Report on the bubonic plague in Bombay, 1896-1897
Year: 1896
Disease focus: Plague
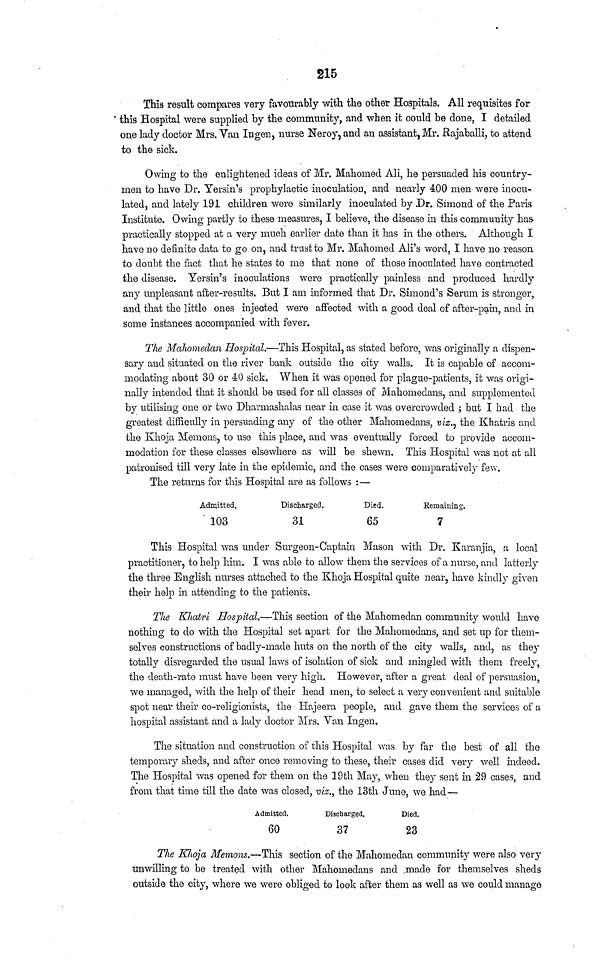
215
This result compares very favourably with the other Hospitals. All requisites for
this Hospital were supplied by the community, and when it could be clone, I detailed
one lady doctor Mrs. Van Ingen, nurse Neroy, and an assistant, Mr. Rajaballi, to attend
to the sick.
Owing to the enlightened ideas of Mr. Mahomed Ali, he persuaded his country-
men to have Dr. Yersin's prophylactic inoculation, and nearly 400 men were inocu-
lated, and lately 191 children were similarly inoculated by Dr. Simond of the Paris
Institute. Owing partly to these measures, I believe, the disease in this community has-
practically stopped at a very much earlier date than it has in the others. Although I
have no definite data to go on, and trust to Mr. Mahomed Ali's word, I have no reason
to doubt the fact that he states to me that none of those inoculated have contracted
the disease. Yersin's inoculations were practically painless and produced hardly
any unpleasant after-results. But I am informed that Dr. Simond's Serum is stronger,
and that the little ones injected were affected with a good deal of after-pain, and in
some instances accompanied with fever.
The Mahomedan Hospital.—This Hospital, as stated before, was originally a dispen-
sary and situated on the river bank outside the city walls. It is capable of accom-
modating about 30 or 40 sick. When it was opened for plague-patients, it was origi-
nally intended that it should be used for all classes of Mahomedans, and supplemented
by utilising one or two Dharmashalas near in case it was overcrowded ; but I had the
greatest difficully in persuading any of the other Mahomedans, viz., the Khatris and
the Khoja Menions, to uso this place, and was eventually forced to provide accom-
modation for these classes elsewhere as will be shewn. This Hospital was not at all
patronised till very late in the epidemic, and the cases were comparatively few.
The returns for this Hospital are as follows :—
Admitted.
103
Discharged.
31
Died.
65
Kemaining.
7
This Hospital was under Surgeon-Captain Mason with Dr. Karanjia, a local
practitioner, to help him. I was able to allow them the services of a nurse, and latterly
the three English nurses attached to the Khoja Hospital quite near, have kindly given
their help in attending to the patients.
The Khatri Hospital.—This section of the Mahomedan community would have
nothing to do with the Hospital set apart for the Mahomedans, and set up for them-
selves constructions of badly-made huts on the north of the city walls, and, as they
totally disregarded the usual laws of isolation of sick and mingled with them freely,
the death-rate must have been very high. However, after a great deal of persuasion,
we managed, with the help of their head men, to select a very convenient and suitable
spot near their co-religionists, the Hajeera people, and gave them the services of a
hospital assistant and a lady doctor Mrs. Van Ingen.
The situation and construction of this Hospital was by far the best of all the
temporary sheds, and after once removing to these, their cases did very well indeed.
The Hospital was opened for them on the 19th May, when they sent in 29 cases, and
from that time till the date was closed, viz., the 13th June, we had—
Admitted.
60
Discharged.
37
Died.
23
The Khoja Memons.—This section of the Mahomedan community were also very
unwilling to be treated with other Mahomedans and made for themselves sheds
outside the city, where we were obliged to look after them as well as we could manage